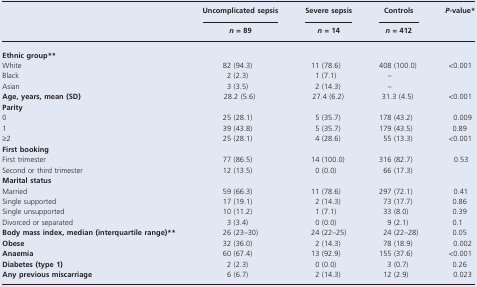
<table><thead><tr><td></td><td><b>Uncomplicated sepsis</b></td><td><b>Severe sepsis</b></td><td><b>Controls</b></td><td><b><i>P</i>-value*</b></td></tr><tr><td></td><td><b><i>n</i> = 89</b></td><td><b><i>n</i> = 14</b></td><td><b><i>n</i> = 412</b></td><td></td></tr></thead><tbody><tr><td colspan="5"><b>Ethnic group**</b></td></tr><tr><td>White</td><td>82 (94.3)</td><td>11 (78.6)</td><td>408 (100.0)</td><td>&lt;0.001</td></tr><tr><td>Black</td><td>2 (2.3)</td><td>1 (7.1)</td><td>–</td><td></td></tr><tr><td>Asian</td><td>3 (3.5)</td><td>2 (14.3)</td><td>–</td><td></td></tr><tr><td><b>Age, years, mean (SD)</b></td><td>28.2 (5.6)</td><td>27.4 (6.2)</td><td>31.3 (4.5)</td><td>&lt;0.001</td></tr><tr><td colspan="5"><b>Parity</b></td></tr><tr><td>0</td><td>25 (28.1)</td><td>5 (35.7)</td><td>178 (43.2)</td><td>0.009</td></tr><tr><td>1</td><td>39 (43.8)</td><td>5 (35.7)</td><td>179 (43.5)</td><td>0.89</td></tr><tr><td>≥2</td><td>25 (28.1)</td><td>4 (28.6)</td><td>55 (13.3)</td><td>&lt;0.001</td></tr><tr><td colspan="5"><b>First booking</b></td></tr><tr><td>First trimester</td><td>77 (86.5)</td><td>14 (100.0)</td><td>316 (82.7)</td><td>0.53</td></tr><tr><td>Second or third trimester</td><td>12 (13.5)</td><td>0 (0.0)</td><td>66 (17.3)</td><td></td></tr><tr><td colspan="5"><b>Marital status</b></td></tr><tr><td>Married</td><td>59 (66.3)</td><td>11 (78.6)</td><td>297 (72.1)</td><td>0.41</td></tr><tr><td>Single supported</td><td>17 (19.1)</td><td>2 (14.3)</td><td>73 (17.7)</td><td>0.86</td></tr><tr><td>Single unsupported</td><td>10 (11.2)</td><td>1 (7.1)</td><td>33 (8.0)</td><td>0.39</td></tr><tr><td>Divorced or separated</td><td>3 (3.4)</td><td>0 (0.0)</td><td>9 (2.1)</td><td>0.1</td></tr><tr><td><b>Body mass index, median (interquartile range)**</b></td><td>26 (23–30)</td><td>24 (22–25)</td><td>24 (22–28)</td><td>0.05</td></tr><tr><td><b>Obese</b></td><td>32 (36.0)</td><td>2 (14.3)</td><td>78 (18.9)</td><td>0.002</td></tr><tr><td><b>Anaemia</b></td><td>60 (67.4)</td><td>13 (92.9)</td><td>155 (37.6)</td><td>&lt;0.001</td></tr><tr><td><b>Diabetes (type 1)</b></td><td>2 (2.3)</td><td>0 (0.0)</td><td>3 (0.7)</td><td>0.26</td></tr><tr><td><b>Any previous miscarriage</b></td><td>6 (6.7)</td><td>2 (14.3)</td><td>12 (2.9)</td><td>0.023</td></tr></tbody></table>